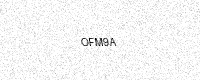
Text: OFM9A